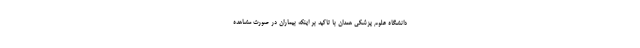
دانشگاه علوم پزشکی همدان با تاکید بر اینکه بیماران در صورت مشاهده